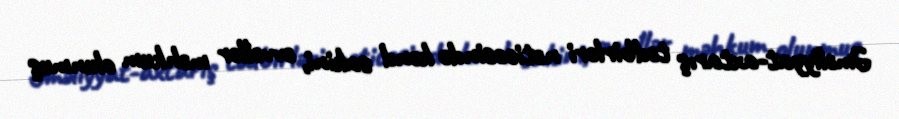
Əməliyyat-axtarış tədbirləri nəticəsində kənd sakini, əvvəllər məhkum olunmuş